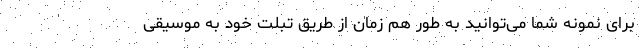
برای نمونه شما می‌توانید به طور هم زمان از طریق تبلت خود به موسیقی